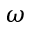
\omega